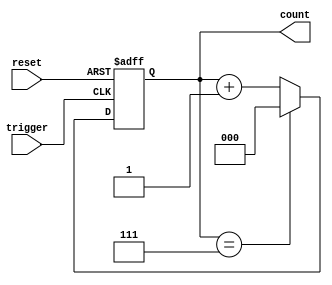
module modN_async_counter #(
    parameter N = 8           // Parameter for Mod-N, change as needed
) (
    input wire reset,         // Asynchronous reset
    input wire trigger,       // Trigger signal for counting
    output reg [log2(N)-1:0] count // Current count value
);

    // Function to calculate log2 of a number
    function integer log2(input integer value);
        begin
            value = value - 1; // Adjust for 0-based counting
            for (log2 = 0; value > 0; log2 = log2 + 1)
                value = value >> 1;
        end
    endfunction

    // Internal variable to hold the next state
    reg [log2(N)-1:0] next_count;

    // Always block for counter logic
    always @(posedge trigger or posedge reset) begin
        if (reset) begin
            count <= 0; // Asynchronous reset
        end else begin
            if (count == N-1) begin
                count <= 0; // Wrap around to 0
            end else begin
                count <= count + 1; // Increment counter
            end
        end
    end

endmodule